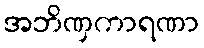
အဘိဏှကာရဏာ